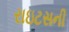
રાઇટસની